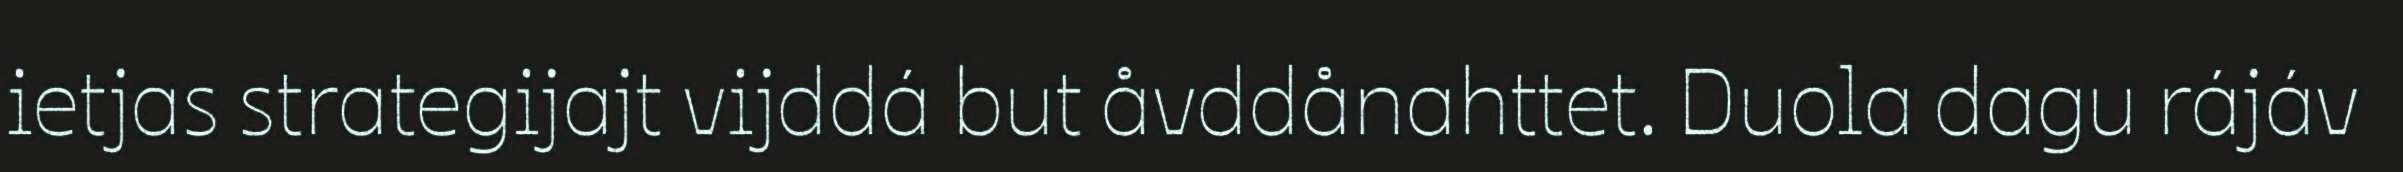
ietjas strategijajt vijddá but åvddånahttet. Duola dagu rájáv